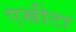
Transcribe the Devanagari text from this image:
एस्रीटा